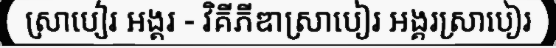
ស្រាបៀរ អង្គរ - វិគីភីឌាស្រាបៀរ អង្គរស្រាបៀរ